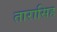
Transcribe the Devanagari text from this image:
तारासिह